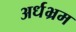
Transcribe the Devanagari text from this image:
अर्धभ्रम